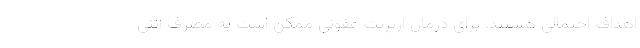
اهداف احتمالی هستند. برای درمان آرتریت عفونی ممکن است به مصرف آنتی